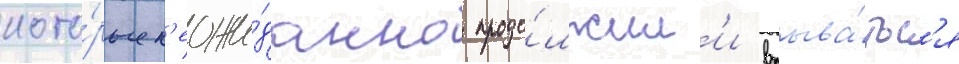
кото́рые н'еожи́данно продо́лжил'и врыва́тьс'я